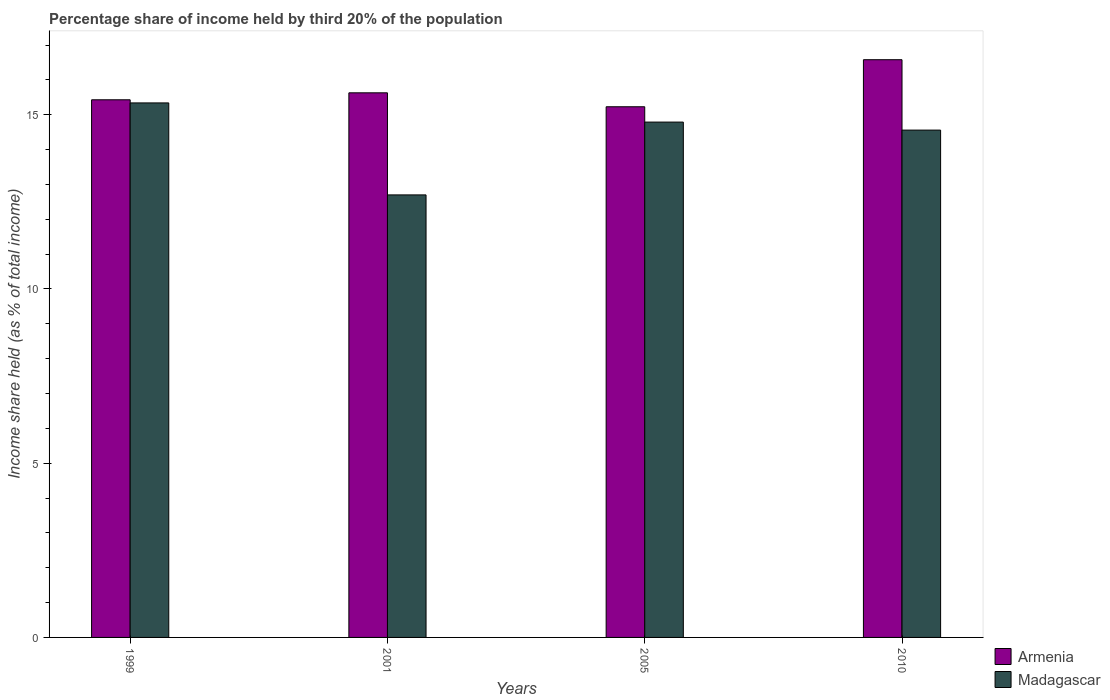
| Years | Armenia | Madagascar |
 | --- | --- | --- |
 | 1999 | 15.4 | 15.3 |
 | 2001 | 15.6 | 12.7 |
 | 2005 | 15.2 | 14.8 |
 | 2010 | 16.6 | 14.6 |